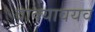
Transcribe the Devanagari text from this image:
वाक्यावयव